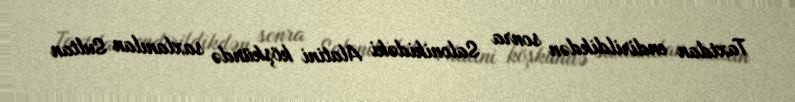
Taxtdan endirildikdən sonra Salonikidəki Alatini köşkündə saxlanılan Sultan